Indian Medical Review
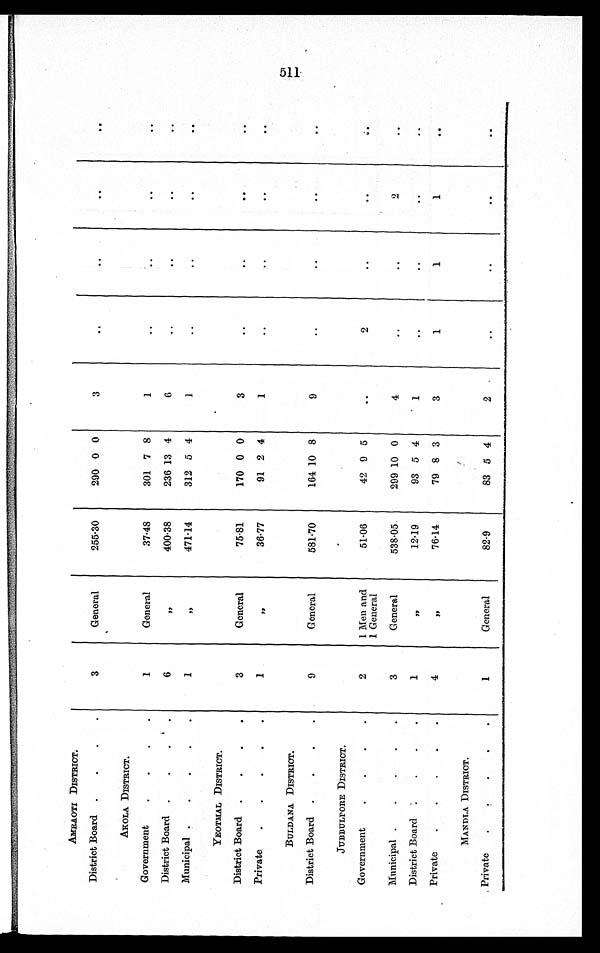
AMRAOTI DISTRICT.
District Board
3
General
255.30
290 0 0
3
..
..
..
..
AKOLA DISTRICT.
Government
1
General
37.48
301 7 8
1
..
..
..
..
District Board
6
"400.38
236 13 4
6
. .
..
. .
. .
Municipal
1
"471.14
312 5 4
1
..
. .
. .
. .
YEOTMAL DISTRICT.
District Board
3
General
75.81
170 0 0
3
..
..
..
. .
Private
1
" 36.77
91 2 4
1
..
..
..
..
BULDANA DISTRICT.
District Board
9
General
581.70
164 10 8
9
..
..
. .
. .
JUBBULPORE DISTRICT.
Government
2
1 Men and
1 General
51.06
42 9 5
..
2
..
. . ..
Municipal
3
General
538.05
299 10 0
4
..
..
2
. .
District Board
1
" 12.19
93 5 4
1
..
..
. .
. .
Private
4
" 76.14
79 8 3
3
1
1
1
..
MANDLA DISTRICT.
Private
1
General
82.9
83 5 4
2
..
..
..
. .